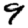
Digit: 9